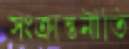
সংক্রান্তনীতি